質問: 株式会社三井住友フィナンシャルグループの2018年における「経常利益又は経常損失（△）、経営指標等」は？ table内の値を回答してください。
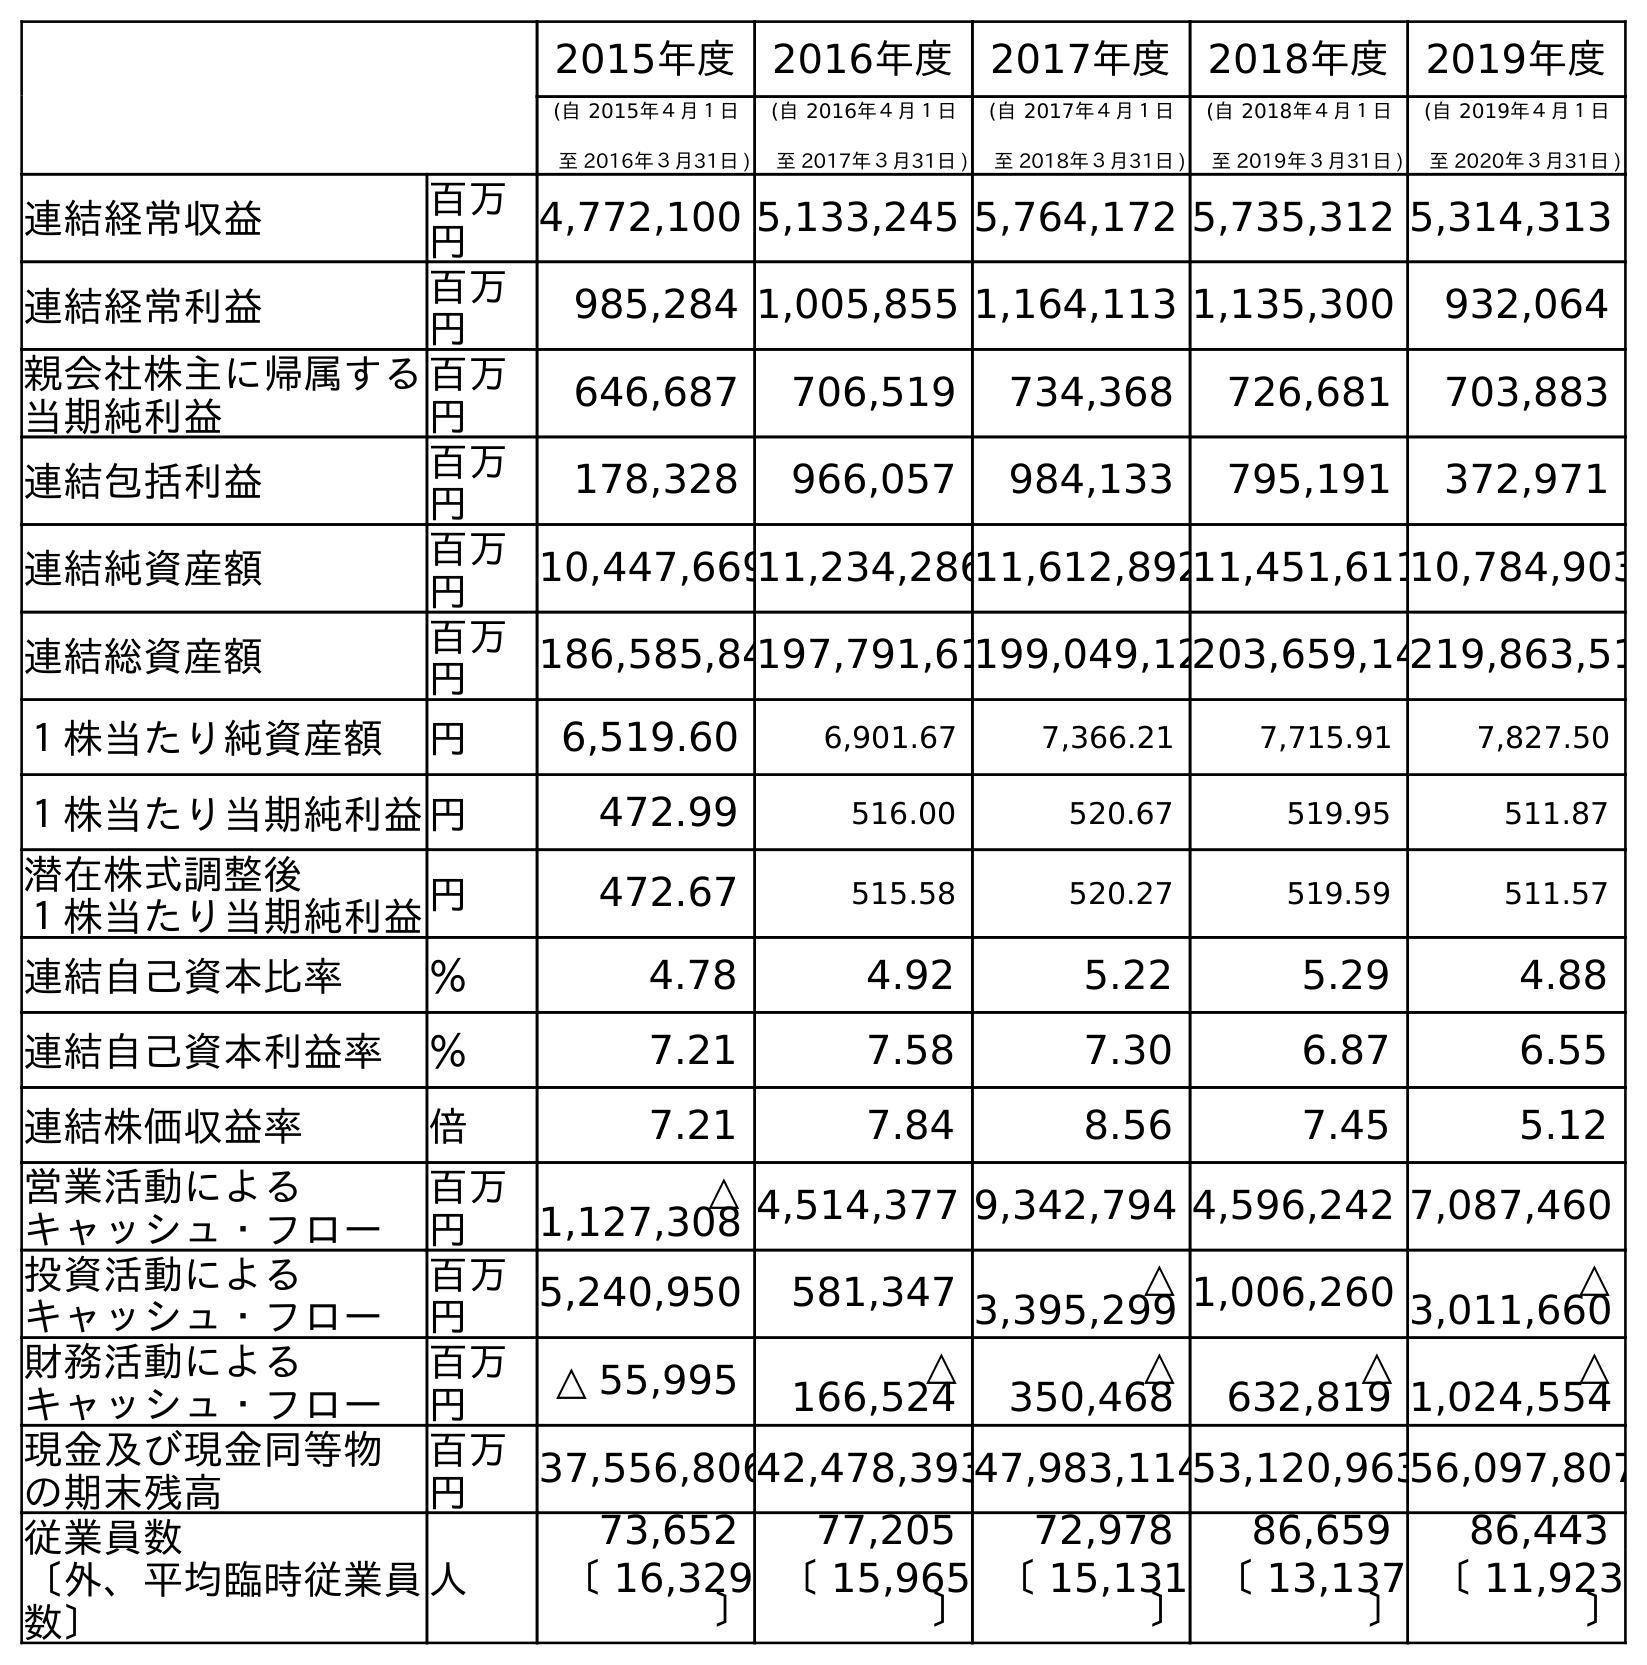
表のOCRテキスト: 2015年度 2016年度 2017年度 2018年度 2019年度 (自 2015年４月１日 至 2016年３月31日 ) (自 2016年４月１日 至 2017年３月31日 ) (自 2017年４月１日 至 2018年３月31日 ) (自 2018年４月１日 至 2019年３月31日 ) (自 2019年４月１日 至 2020年３月31日 ) 連結経常収益 百万 円 4,772,100 5,133,245 5,764,172 5,735,312 5,314,313 連結経常利益 百万 円 985,284 1,005,855 1,164,113 1,135,300 932,064 親会社株主に帰属する 当期純利益 百万 円 646,687 706,519 734,368 726,681 703,883 連結包括利益 百万 円 178,328 966,057 984,133 795,191 372,971 連結純資産額 百万 円 10,447,66911,234,28611,612,89211,451,61110,784,903 連結総資産額 百万 円 186,585,84197,791,61199,049,12203,659,14219,863,51 １株当たり純資産額 円 6,519.60 6,901.67 7,366.21 7,715.91 7,827.50 １株当たり当期純利益円 472.99 516.00 520.67 519.95 511.87 潜在株式調整後 １株当たり当期純利益円 472.67 515.58 520.27 519.59 511.57 連結自己資本比率 ％ 4.78 4.92 5.22 5.29 4.88 連結自己資本利益率 ％ 7.21 7.58 7.30 6.87 6.55 連結株価収益率 倍 7.21 7.84 8.56 7.45 5.12 営業活動による キャッシュ・フロー 百万 円 △ 1,127,308 4,514,377 9,342,794 4,596,242 7,087,460 投資活動による キャッシュ・フロー 百万 円 5,240,950 581,347 △ 3,395,299 1,006,260 △ 3,011,660 財務活動による キャッシュ・フロー 百万 円 △ 55,995 △ 166,524 △ 350,468 △ 632,819 △ 1,024,554 現金及び現金同等物 の期末残高 百万 円 37,556,80642,478,39347,983,11453,120,96356,097,807 従業員数 〔外、平均臨時従業員 数〕 人 73,652 77,205 72,978 86,659 86,443 〔 16,329 〕 〔 15,965 〕 〔 15,131 〕 〔 13,137 〕 〔 11,923 〕
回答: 1,164,113